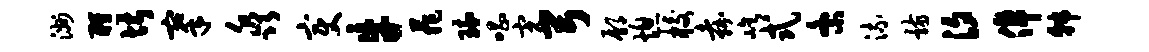
洲酹堪搴淼变牛菲琉唱完弓鄢熄校嘉屹式紊流骸汐倬韩